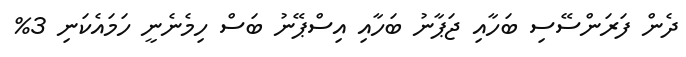
ދެން ފަރަންސޭސި ބަހާއި ޖަޕާނު ބަހާއި އިސްޕޭނު ބަސް ހިމެނެނީ ހަމައެކަނި 3%